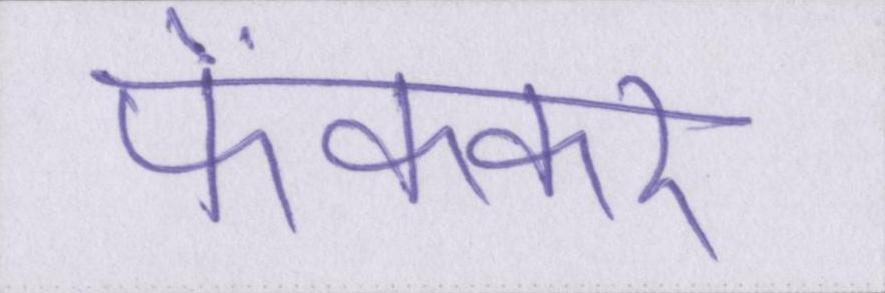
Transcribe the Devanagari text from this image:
फेंककर